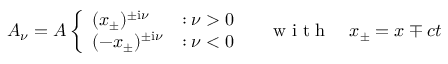
A _ { \nu } = { \cal A } \left\{ \begin{array} { l l } { ( x _ { \pm } ) ^ { \pm \mathrm { i } \nu } } & { : \nu > 0 } \\ { ( - x _ { \pm } ) ^ { \pm \mathrm { i } \nu } } & { : \nu < 0 } \end{array} \right. \quad \mathrm { ~ w ~ i ~ t ~ h ~ } \quad x _ { \pm } = x \mp c t